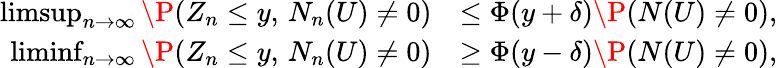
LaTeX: \begin{array}{rl}{\operatorname*{limsup}_{n\to\infty}\P(Z_{n}\leq y,\, N_{n}(U)\neq 0)}&{\leq\Phi(y+\delta)\P(N(U)\neq 0),}\\ {\operatorname*{liminf}_{n\to\infty}\P(Z_{n}\leq y,\, N_{n}(U)\neq 0)}&{\geq\Phi(y-\delta)\P(N(U)\neq 0),}\end{array}